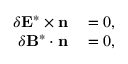
\begin{array} { r l } { \delta \mathbf { E } ^ { * } \times \mathbf { n } } & { { } = 0 , } \\ { \delta \mathbf { B } ^ { * } \cdot \mathbf { n } } & { { } = 0 , } \end{array}